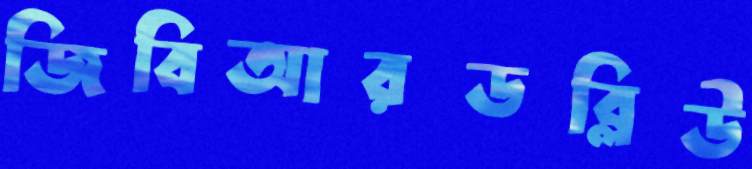
জিবিআরডব্লিউ